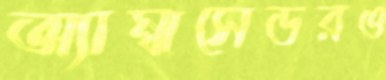
অ্যাম্বাসেডরও